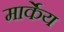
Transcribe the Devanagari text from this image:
मार्केय